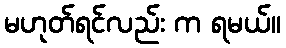
မဟုတ်ရင်လည်း က ရမယ်။